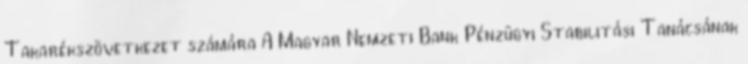
Takarékszövetkezet számára A Magyar Nemzeti Bank Pénzügyi Stabilitási Tanácsának